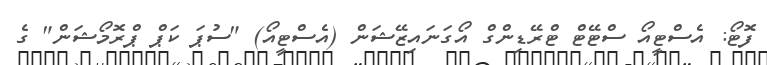
ފޮޓޯ: އެސްޓީއޯ ސްޓޭޓް ޓްރޭޑިންގް އޯގަނައިޒޭޝަން (އެސްޓީއޯ) "ސުޕަ ކަޕް ޕްރޮމޯޝަން" ގެ